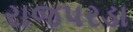
રાજપરડા